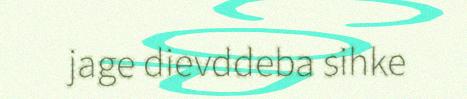
jage dievddeba sihke